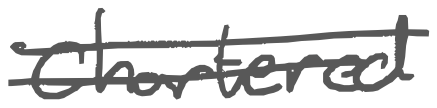
Text: Chartered
Cross-out: double-line
Writing tool: digital_gray